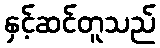
နှင့်ဆင်တူသည်